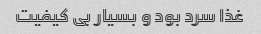
غذا سرد بود و بسیار بی کیفیت